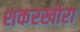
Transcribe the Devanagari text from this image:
शकरखोरा